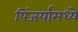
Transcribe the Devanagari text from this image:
पिंजर्यामध्ये